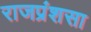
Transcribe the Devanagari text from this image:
राजप्रंशसा